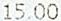
15.00